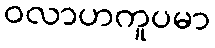
ဝလာဟကူပမာ